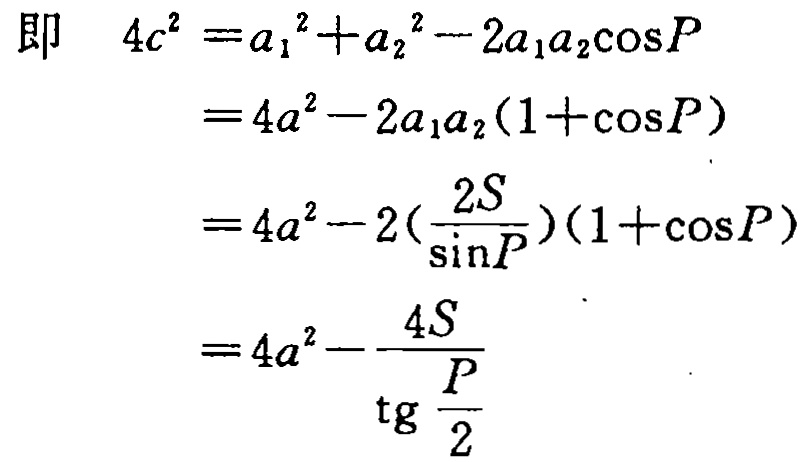
即
\begin{align*}
4c^{2}&=a_{1}^{2}+a_{2}^{2}-2a_{1}a_{2}\cos P\\
&=4a^{2}-2a_{1}a_{2}(1 + \cos P)\\
&=4a^{2}-2(\frac{2S}{\sin P})(1 + \cos P)\\
&=4a^{2}-\frac{4S}{\operatorname{tg} \frac{P}{2}}
\end{align*}